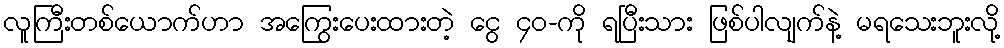
လူကြီးတစ်ယောက်ဟာ အကြွေးပေးထားတဲ့ ငွေ ၄၀-ကို ရပြီးသား ဖြစ်ပါလျက်နဲ့ မရသေးဘူးလို့